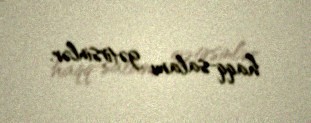
haqq-salamı gətirsinlər.